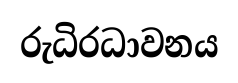
රුධිරධාවනය